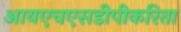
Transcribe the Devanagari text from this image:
आयएचएसडीपीकरिता